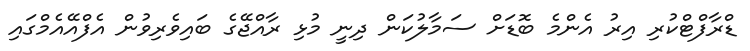
ޑްރާފްޓްކުރި އިރު އެންމެ ބޮޑަށް ސަމާލުކަން ދިނީ މުޅި ރާއްޖޭގެ ބައިވެރިވުން އެފްއޭއެމްގައި